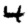
Digit: 4